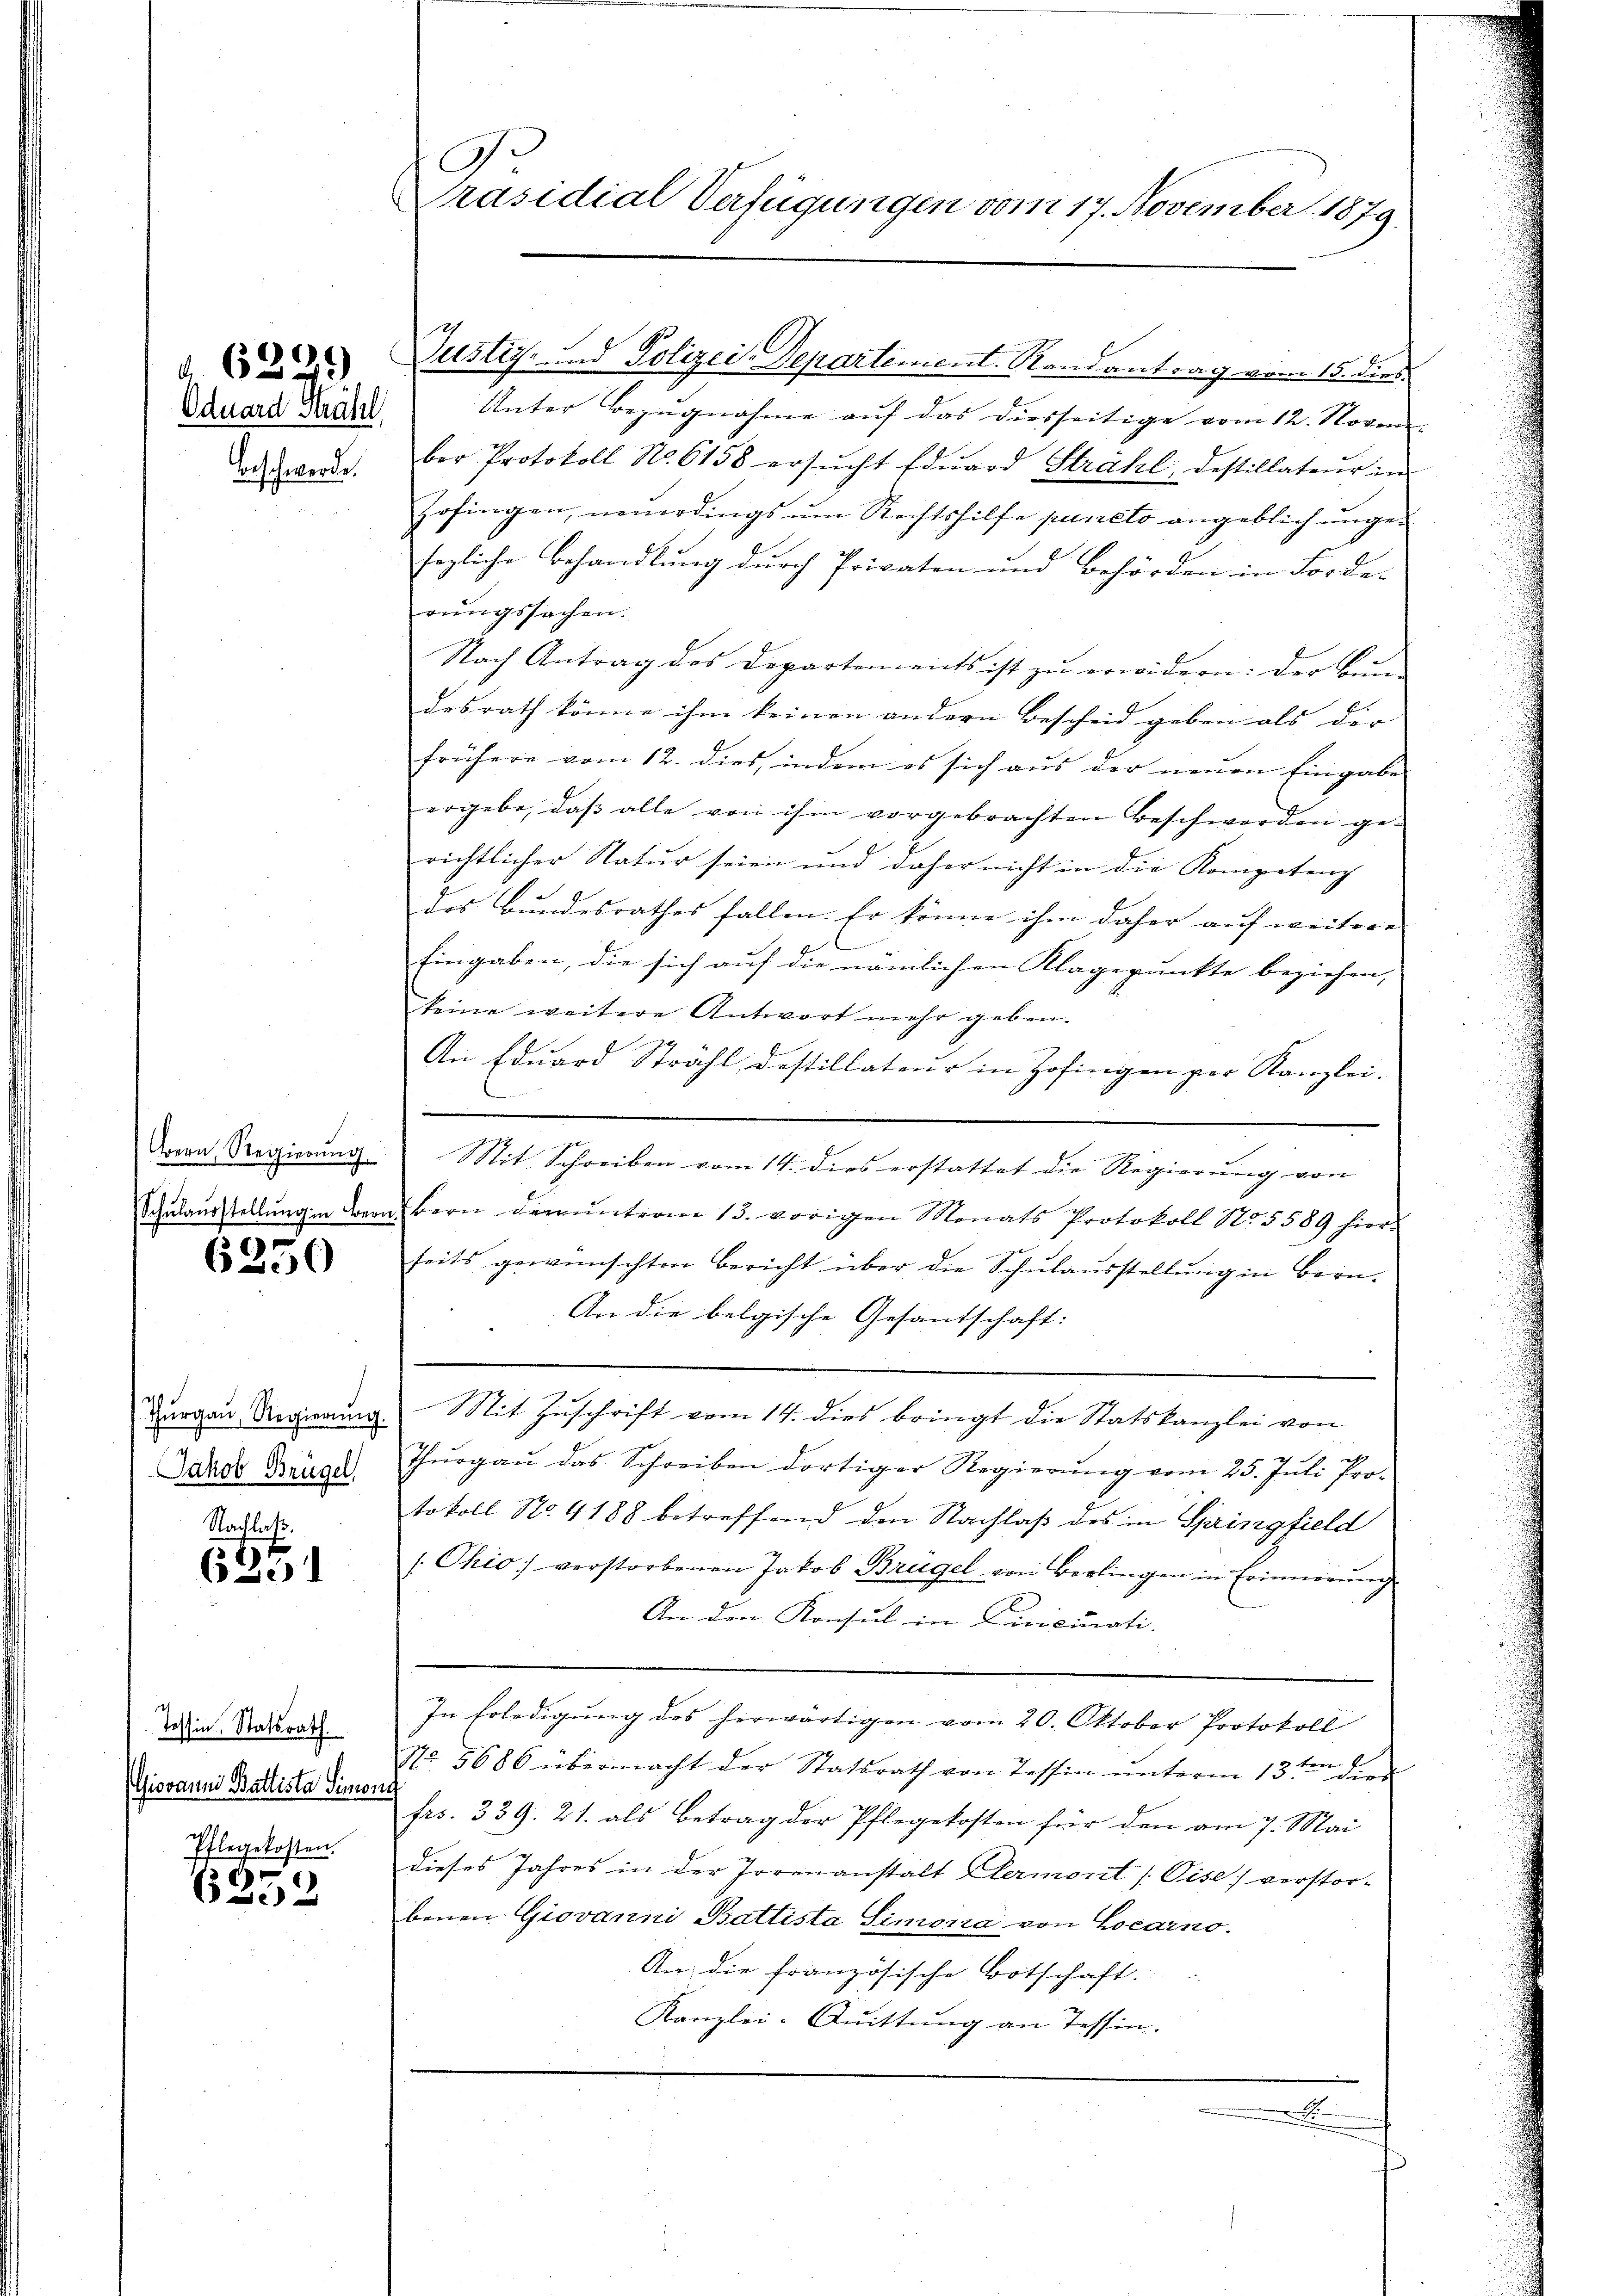
Oduard Sträfl.
beschwerde.

)
d. 6. Re

6250

Jakob Brügel,

Nachlaß.
6251

Tessin, Statsrath.
Giovann Battista Simoni
Pflegekosten.

6252

i
Präsidial Verfügungen vom 17. November 1879.

Unter Bezugnahme auf das diesseitige vom 12. Novem- |
ber Protokoll No. 6158 ersŭcht Edŭard Strahl, destillateŭr in
Zofingen, neuerdings um Rechtshilfe puncto angeblich ungesezliche Behandlung durch Privaten und Behörden in Forde-
rungssachen.
Nach Antrag des Departements ist zu erwidern: der Bun- |
desrath könne ihm keinen andern Bescheid geben als der |
frühere vom 12. dies, indem es sich aus der neuen Eingabe
ergebe, daβ alle von ihm vorgebrachten Beschwerden ge-
richtlicher Natur seien und daher nicht in die Kompetenz
des Bundesrathes fallen. Er könne ihm daher auf weitere |
Eingaben, die sich auf die nämlichen Klagepunkte beziehen,
keine weitere Antwort mehr geben.
An Eduard Strahl, destillateur in Zofingen per Kanzlei-

Daran, Regierŭng Mit Schreiben vom 14. dies erstattet die Regierŭng von
Schŭlaŭsstellŭng in Bern Bern dem ŭnterm 13. vorigen Monats Protokoll N. 5589 hierseits gewünschten Bericht über die Schulausstellung in Bern.
An die belgische Gesandschaft:
Durgau Regierung. Mit Zuschrift vom 14. dies bringt die Statskanzlei von
Thŭrgaŭ das Schreiben dortiger Regierŭng vom 25. Jŭli Pro-
tokoll No. 4188 betreffend den Nachlaß des in Springfield
/. Ohio verstorbenen Jakob Brügel von Berlingen in Erinnerŭng
An den Konsul in Curicurati-
In Erledigung des herwärtigen vom 20. Oktober Protokoll
Nr. 5686 übermacht der Statsrath von Tessin unterm 13ten der
frs. 339. 21. als Betrag der Pflegekosten für den am 7. Mai
dieses Jahres in der Torenanstalt Hermont /Pise) verstorbenen Giovanni Battista Simonia von Locarno.
An die französische Botschaft.
Kanzlei-Quittung an Tessin.

Justiz- und Polizei-Departement. Randantrag vom 15. dies